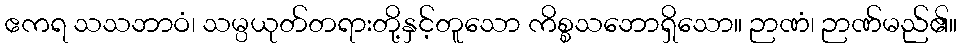
ဧကရ သသဘာဝံ၊ သမ္ပယုတ်တရားတို့နှင့်တူသော ကိစ္စသဘောရှိသော။ ဉာဏံ၊ ဉာဏ်မည်၏။